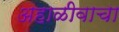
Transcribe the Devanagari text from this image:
अहाळीवाचा